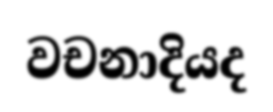
වචනාදියද